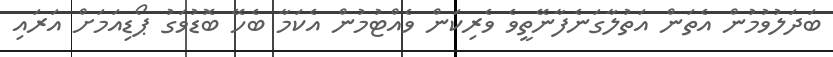
ބަދަލުވުމުން އެތަން އަތުލާގަނެފާނޭތީވެ ވެރިކަން ވެއްޓުމުން އެކަމާ ބެހޭ ބޮޑުވަގު ޕޯޑިއަމަށް އަރައި